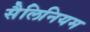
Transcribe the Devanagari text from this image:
सैलिनियम